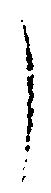
了